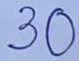
30